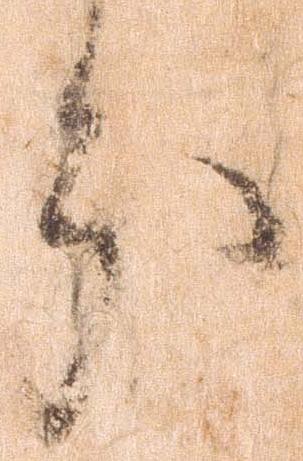
分